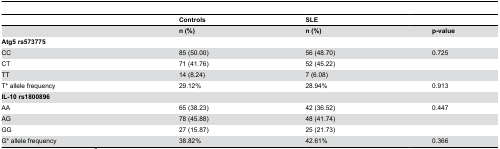
<table><thead><tr><td></td><td><b>Controls</b></td><td></td><td><b>SLE</b></td><td></td><td></td></tr></thead><tbody><tr><td></td><td><b>n (%)</b></td><td></td><td><b>n (%)</b></td><td></td><td><b>p-value</b></td></tr><tr><td><b>Atg5 rs573775</b></td><td></td><td></td><td></td><td></td><td></td></tr><tr><td>CC</td><td>85 (50.00)</td><td></td><td>56 (48.70)</td><td></td><td>0.725</td></tr><tr><td>CT</td><td>71 (41.76)</td><td></td><td>52 (45.22)</td><td></td><td></td></tr><tr><td>TT</td><td>14 (8.24)</td><td></td><td>7 (6.08)</td><td></td><td></td></tr><tr><td>T* allele frequency</td><td>29.12%</td><td></td><td>28.94%</td><td></td><td>0.913</td></tr><tr><td><b>IL-10 rs1800896</b></td><td></td><td></td><td></td><td></td><td></td></tr><tr><td>AA</td><td>65 (38.23)</td><td></td><td>42 (36.52)</td><td></td><td>0.447</td></tr><tr><td>AG</td><td>78 (45.88)</td><td></td><td>48 (41.74)</td><td></td><td></td></tr><tr><td>GG</td><td>27 (15.87)</td><td></td><td>25 (21.73)</td><td></td><td></td></tr><tr><td>G* allele frequency</td><td>38.82%</td><td></td><td>42.61%</td><td></td><td>0.366</td></tr></tbody></table>